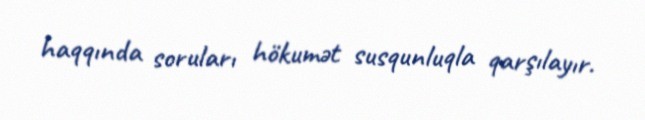
haqqında soruları hökumət susqunluqla qarşılayır.